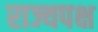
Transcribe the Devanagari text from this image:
राज्यपक्ष